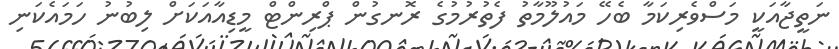
ނަތީޖާއަކީ މަސްވެރިކަމާ ބެހޭ މައުލޫމާތު ފެތުރުމުގެ ރޮނގުން ޕްރިންޓް މީޑިއާއަކަށް ލިބުނު ހަމައެކަނި